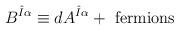
LaTeX: \begin{align*}B^{\hat{I}\alpha}\equiv dA^{\hat{I}\alpha}+{\rm\,\,fermions}\end{align*}